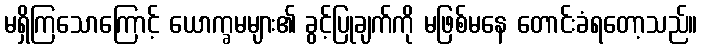
မရှိကြသောကြောင့် ယောက္ခမများ၏ ခွင့်ပြုချက်ကို မဖြစ်မနေ တောင်းခံရတော့သည်။